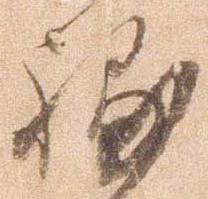
補